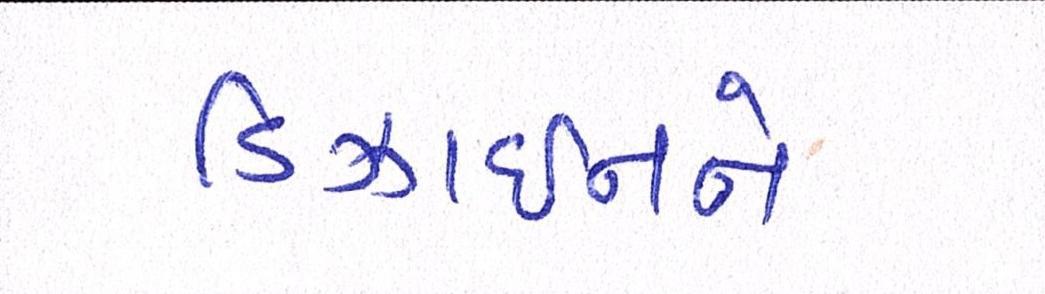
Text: ડિઝાઇનને